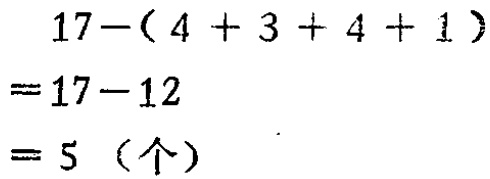
\[
\begin{align*}
&17-(4 + 3 + 4 + 1)\\
=&17-12\\
=&5 \text{（个）}
\end{align*}
\]